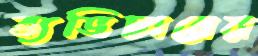
ব্যভিচারের